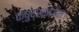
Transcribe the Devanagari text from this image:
क्षुद्रकागम।